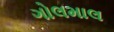
ગોલમાલ